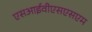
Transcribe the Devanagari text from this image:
एसआईवीएसएसएम